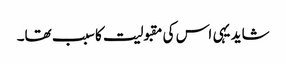
شاید یہی اس کی مقبولیت کا سبب تھا۔